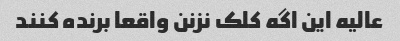
عالیه این اگه کلک نزنن واقعا برنده کنند